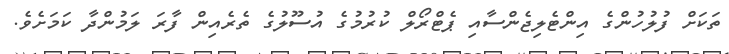
ތަކަށް ފުލުހުންގެ އިންޓެލިޖެންސާއި ޕެޓްރޯލް ކުރުމުގެ އުސޫލުގެ ތެރެއިން ފާރަ ލަމުންދާ ކަމަށެވެ.